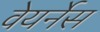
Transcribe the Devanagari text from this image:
वेयर्नेस